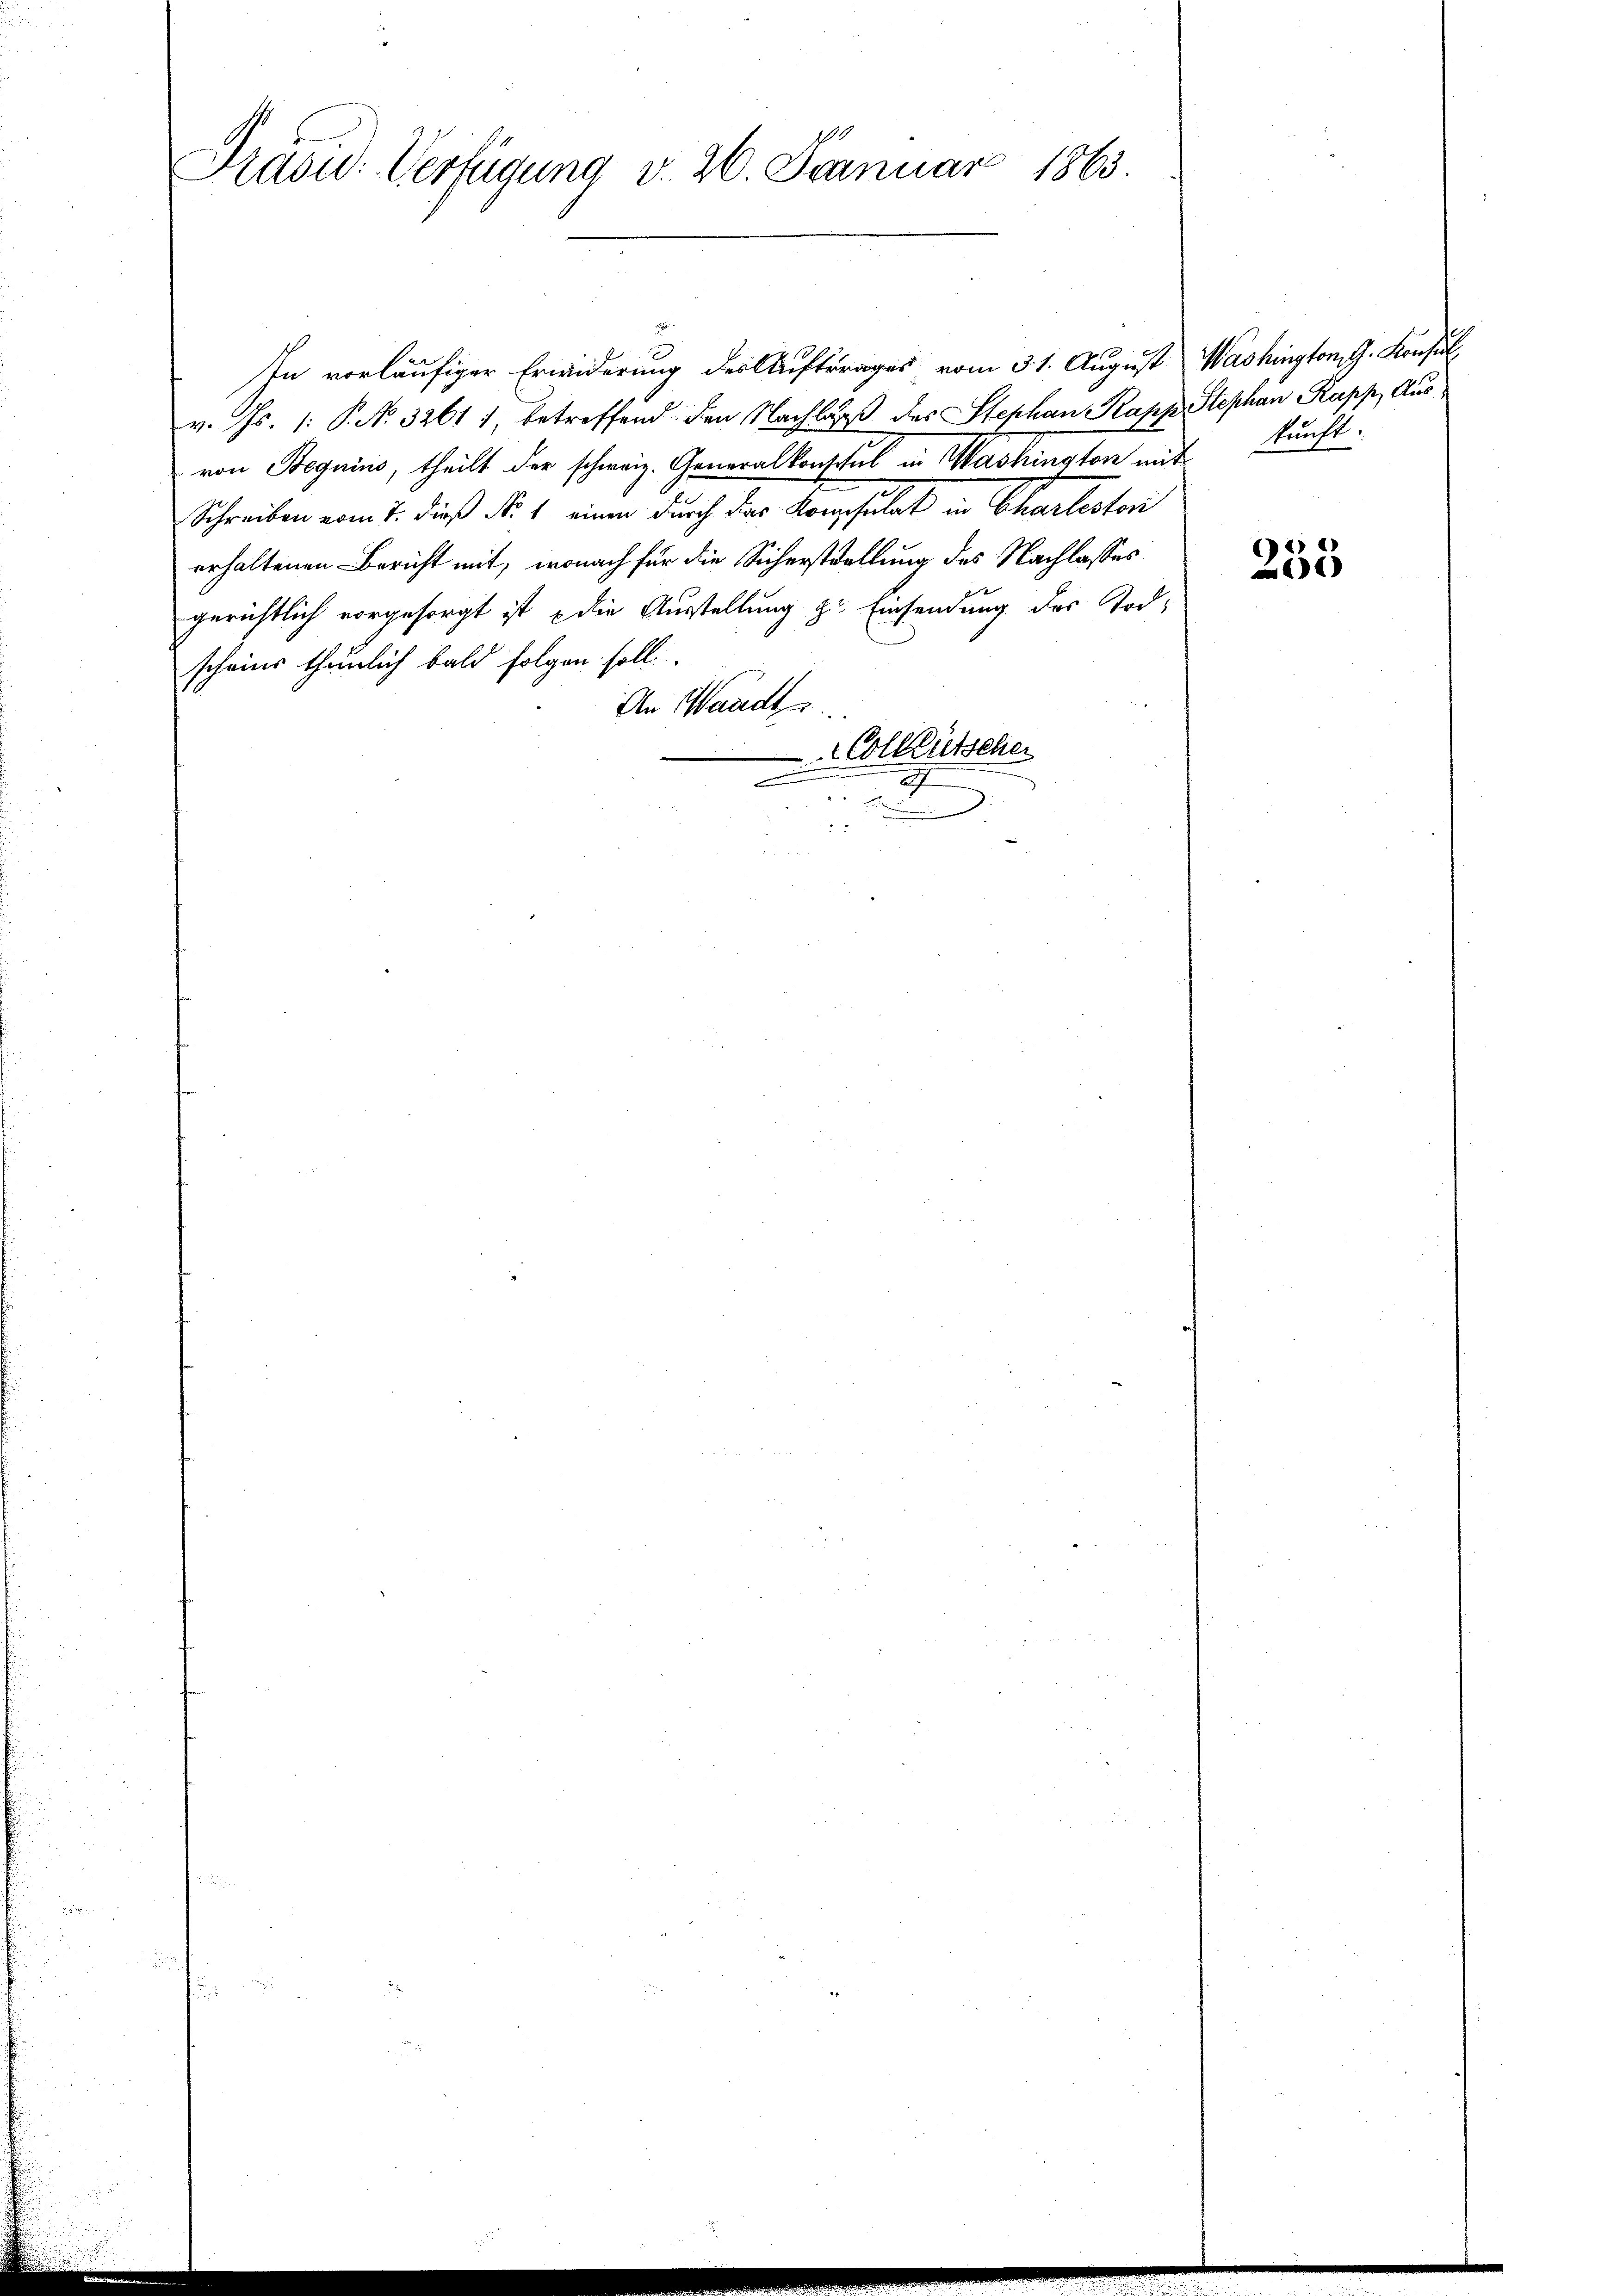
1
Prüsu: Verfügung v. 26. Januar 1863.

In vorläufiger Erwiderung der Auftrages vom 31. August Washington G. Konsul
v. Js. 1. P. N. 32611, betreffend den Nachlag des Stephan Papp Stephan Rapp, Aus
von Beguins, theilt der schweiz. Generalkonsul in Washington mit kunft.
Schreiben vom 7. dieß Nr. 1 einen durch das Kompsulat in Chartesten
erhaltenen Bericht mit, wonach für die Sicherstellung des Nachlasses
gerichtlich vorgesorgt ist die Ausstellung zu. Einsendung des Tod.
scheines thunlich bald folgen soll.
An Waadt
Colleütscher
2

255